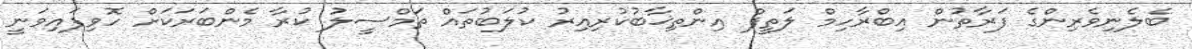
ބެލެނިވެރިންގެ ފަރާތުން އިބްރާހިމް ލަތީފް އިންތިޚާބުކުރިއިރު ކުލަބުތައް ތަމްސީލު ކުރާ މެންބަރަކަށް ހޮވިފައިވަނީ